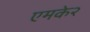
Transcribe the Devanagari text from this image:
एमके२